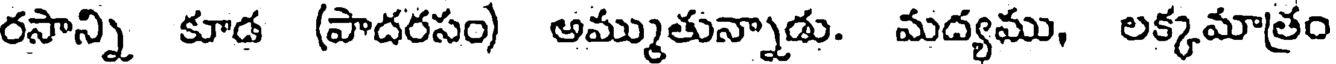
రసాన్ని కూడ (పాదరసం) అమ్ముతున్నాడు. మద్యము, లక్కమాత్రం